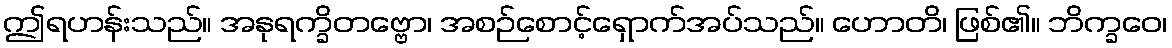
ဤရဟန်းသည်။ အနုရက္ခိတဗ္ဗော၊ အစဉ်စောင့်ရှောက်အပ်သည်။ ဟောတိ၊ ဖြစ်၏။ ဘိက္ခဝေ၊